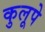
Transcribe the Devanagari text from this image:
कुलूपे